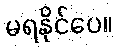
မရနိုင်ပေ။